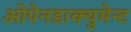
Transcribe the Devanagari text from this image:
ओपेनडाक्युमेन्ट